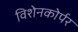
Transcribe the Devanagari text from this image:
विशेनकोर्पर